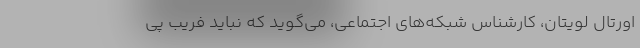
اورتال لویتان، کارشناس شبکه‌های اجتماعی، می‌گوید که نباید فریب پی